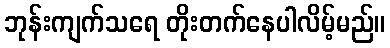
ဘုန်းကျက်သရေ တိုးတက်နေပါလိမ့်မည်။